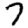
Digit: 7